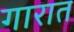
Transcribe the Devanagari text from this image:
गारात